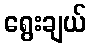
ရွေးချယ်